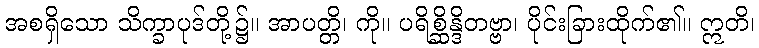
အစရှိသော သိက္ခာပုဒ်တို့၌။ အာပတ္တိ၊ ကို။ ပရိစ္ဆိန္ဒိတဗ္ဗာ၊ ပိုင်းခြားထိုက်၏။ ဣတိ၊